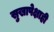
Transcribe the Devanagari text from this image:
सुखापेक्षाही